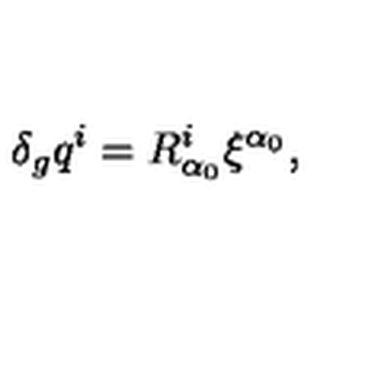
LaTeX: \delta _ { g } q ^ { i } = R _ { \alpha _ { 0 } } ^ { i } \xi ^ { \alpha _ { 0 } } ,